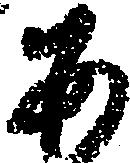
あ